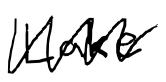
Text: Lake
Cross-out: zig-zag
Writing tool: digital_black